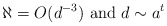
\begin{align*}\aleph =O(d^{-3}) \mbox{ and } d\sim a^t\end{align*}